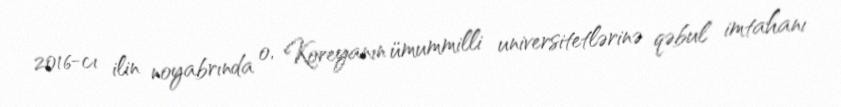
2016-cı ilin noyabrında o, Koreyanın ümummilli universitetlərinə qəbul imtahanı